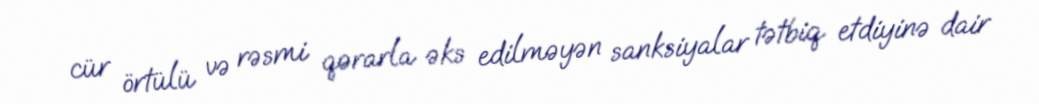
cür örtülü və rəsmi qərarla əks edilməyən sanksiyalar tətbiq etdiyinə dair